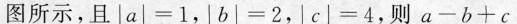
图所示，且$$ \begin{vmatrix}a \end{vmatrix} =1 $$，$$\begin{vmatrix}b \end{vmatrix} =2$$，$$ \begin{vmatrix}c \end{vmatrix} =4$$，则$$a-b+c